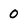
Character: 0